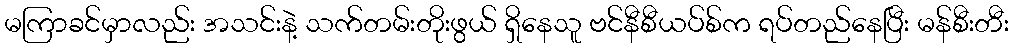
မကြာခင်မှာလည်း အသင်းနဲ့ သက်တမ်းတိုးဖွယ် ရှိနေသူ ဗင်နီစီယပ်စ်က ရပ်တည်နေပြီး မန်စီးတီး